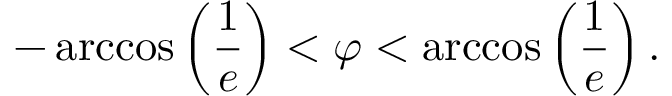
- \operatorname { a r c c o s } \left( { \frac { 1 } { e } } \right) < \varphi < \operatorname { a r c c o s } \left( { \frac { 1 } { e } } \right) .